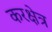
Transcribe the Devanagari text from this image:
करक्षेत्र